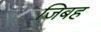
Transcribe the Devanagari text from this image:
जिबह